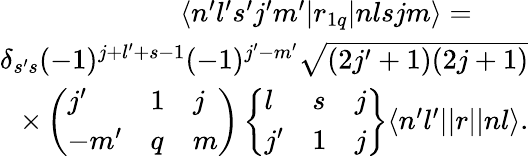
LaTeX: \begin{array}{r}{\langle n^{\prime}l^{\prime}s^{\prime}j^{\prime}m^{\prime}|r_{1q}|nlsjm\rangle=\qquad}\\ {\delta_{s^{\prime}s}(-1)^{j+l^{\prime}+s-1}(-1)^{j^{\prime}-m^{\prime}}\sqrt{(2j^{\prime}+1)(2j+1)}}\\ {\times\left(\begin{array}{lll}{j^{\prime}}&{1}&{j}\\ {-m^{\prime}}&{q}&{m}\end{array}\right)\left\{ \begin{array}{lll}{l}&{s}&{j}\\ {j^{\prime}}&{1}&{j}\end{array}\right\} \langle n^{\prime}l^{\prime}||r||nl\rangle.}\end{array}